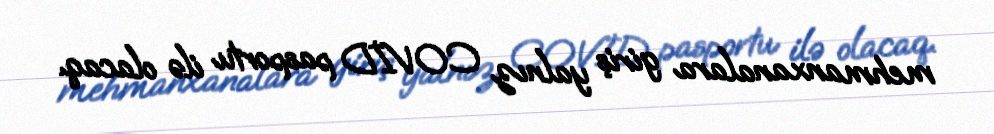
mehmanxanalara giriş yalnız COVİD pasportu ilə olacaq.